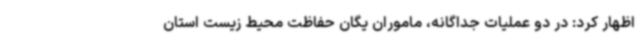
اظهار کرد: در دو عملیات جداگانه، ماموران یگان حفاظت محیط زیست استان